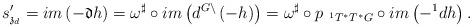
LaTeX: \begin{align*}s_{\mathfrak{z}_{d}}^{\prime }=im\left( -\mathfrak{d}h\right)=\omega ^{\sharp }\circ im\left( d^{G\backslash }\left( -h\right)\right) =\omega^{\sharp }\circ p_{\ ^{1}T^{\ast }T^{\ast }G}\circ im\left( -^{1}dh\right) . \end{align*}